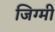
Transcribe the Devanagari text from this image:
जिग्मी